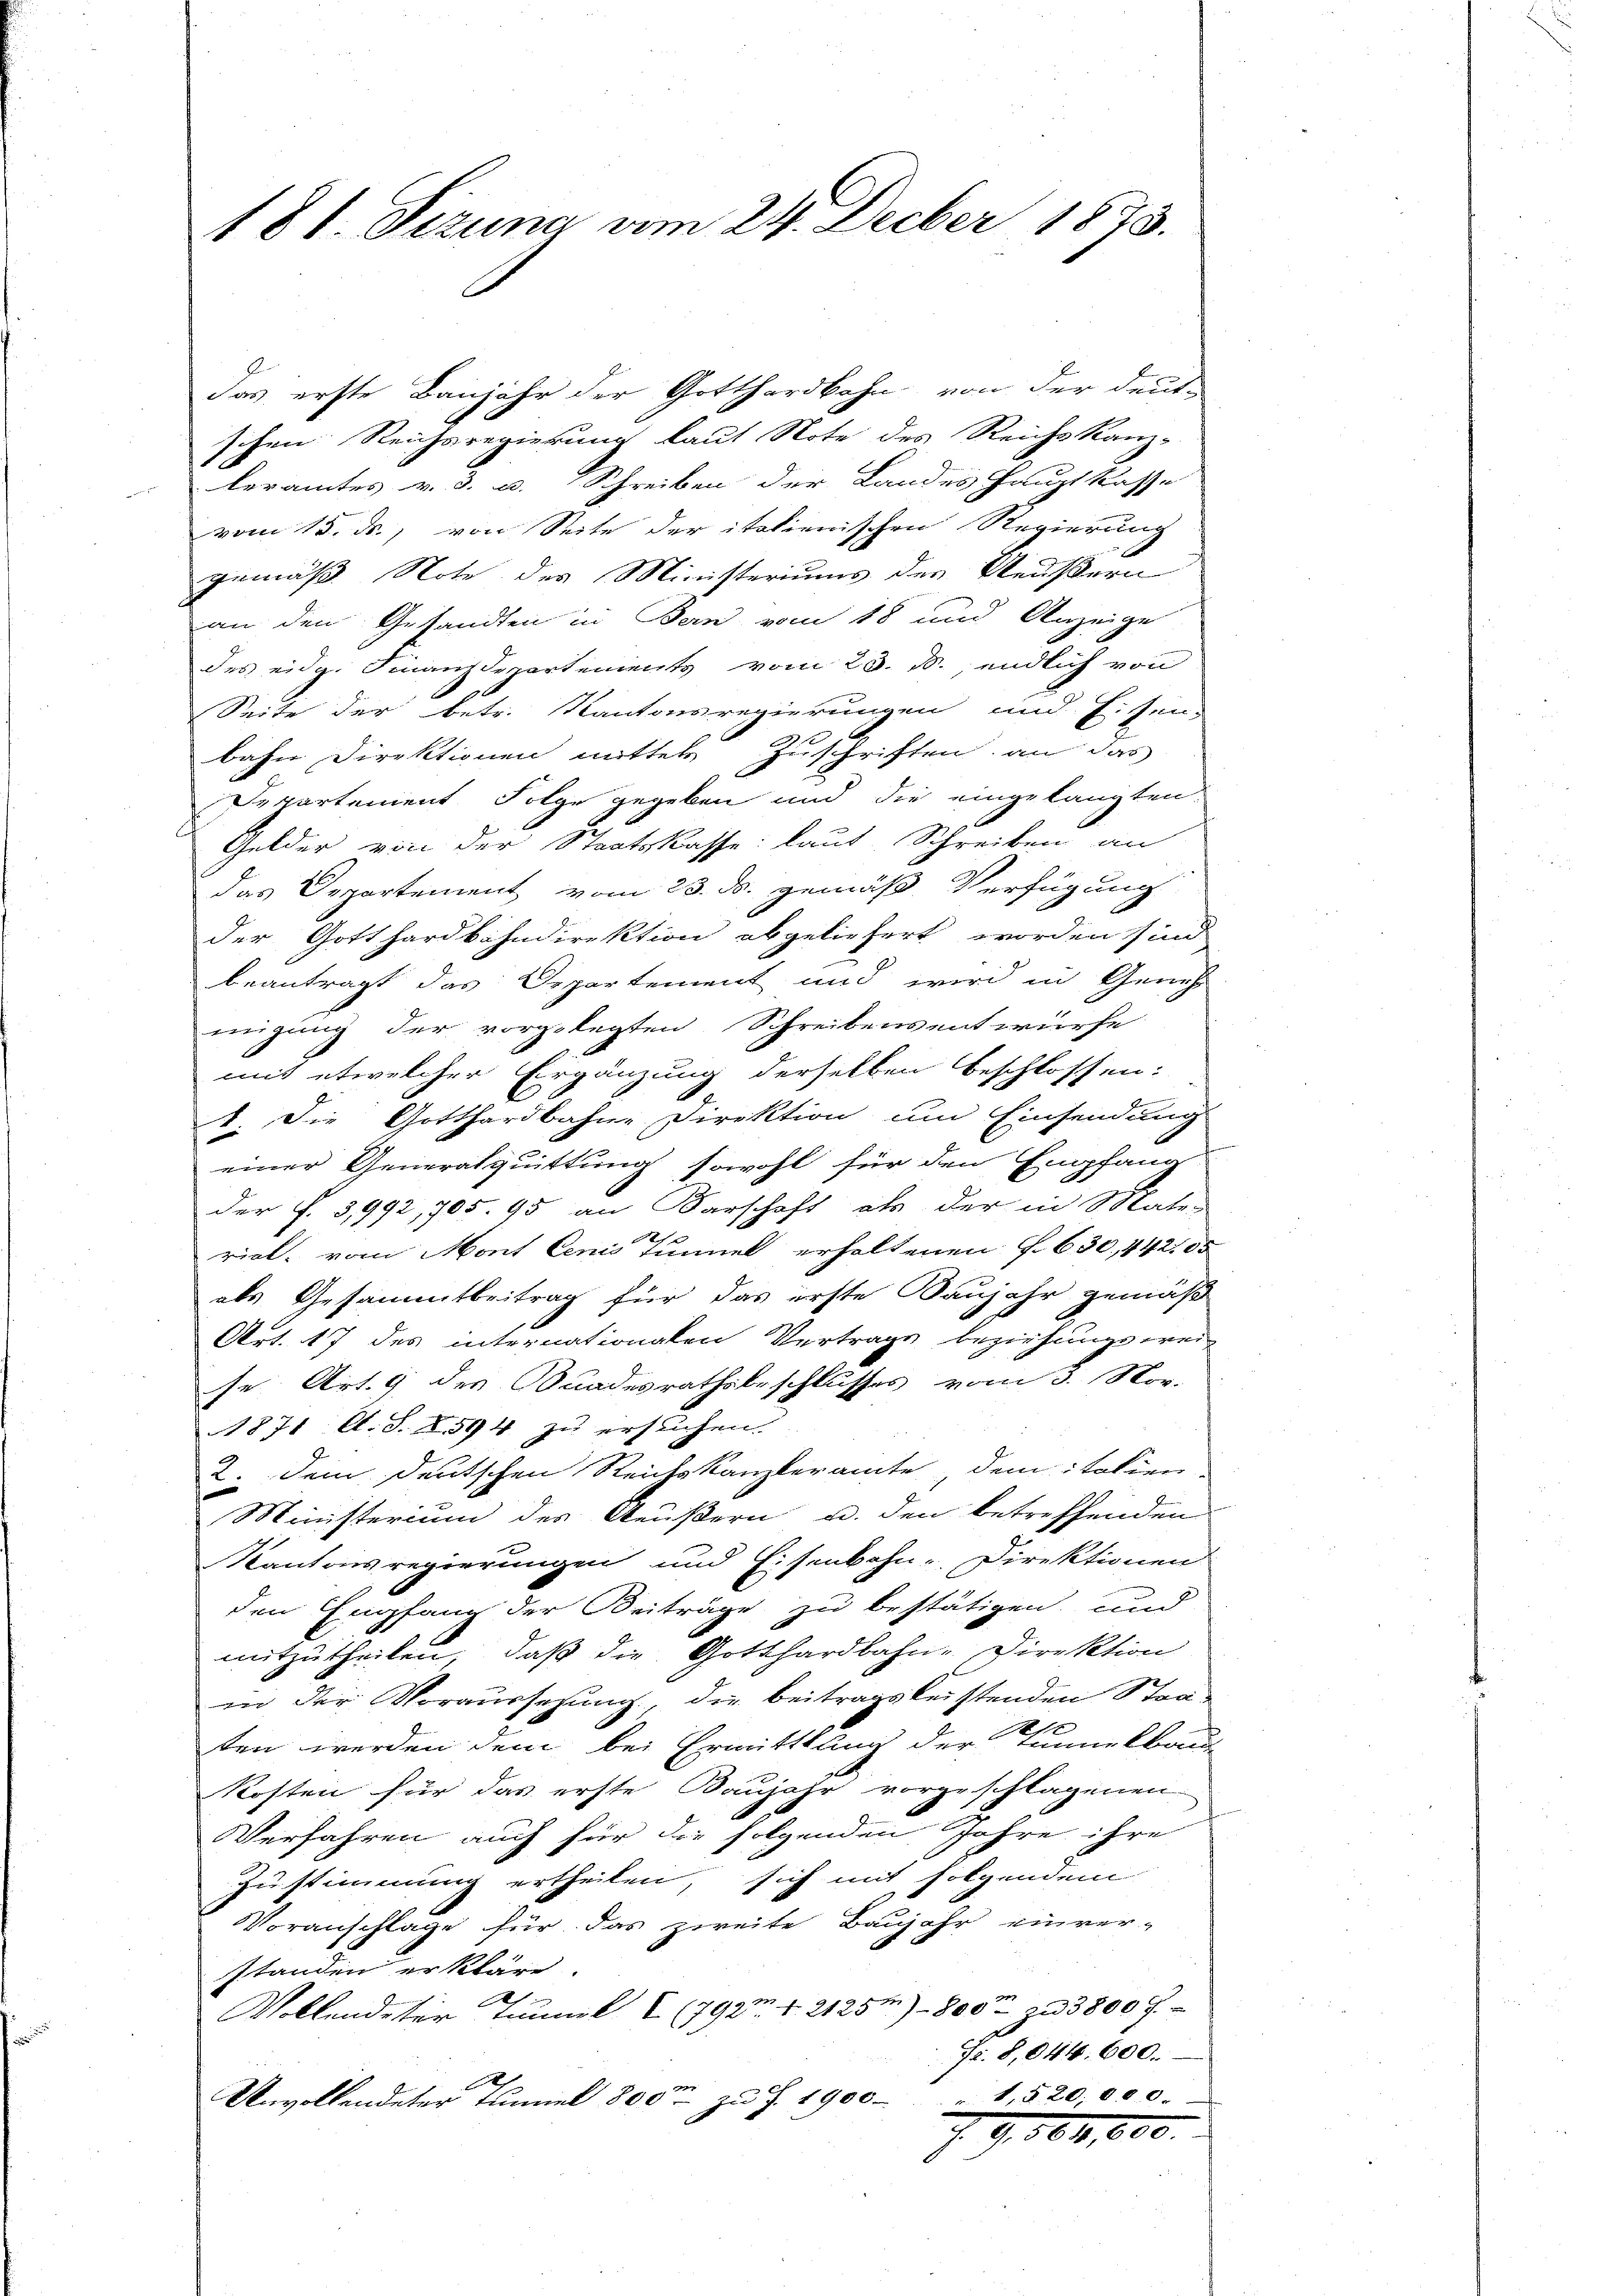
181. Tizuna vom 24. Decber 1873.

das erste Banjahr der Gotthardbahn von der deut-
schen Reichsregierung laut Note des Reichs Kanz-
beramtes v. 3. u. Schreiben der Landes Hauptkasse
vom 15. ds., von Seite der italienischen Regierung
gemäß Note des Ministeriums des Aeußern
an den Gesandten in Bern vom 18 und Anzeige
des eidg. Finanzdepartements vom 23. M., endlich von
Seite der betr. Kantonsregierungen und Eisen-
bahn Direktionen mittet Zuschriften an das
Departement Folge gegeben und die eingelangten
Gelder von der Staatskasse: laut Schreiben an
das Departement vom 23. ds. gemäß Verfügung
der Gotthardbahndirektion abgeliefert worden sind
beantragt das Departement und wird in Geneh
migung der vorgelegten Schreibensentwürfe
mit etwelcher Ergänzung derselben beschlossen:
B
1. Die Gotthardbahne Direktion um Einsendung
einer Generalquittung sowohl für den Empfand-
der f. 3,992,705. 95 an Karschaft als der in Mate-
rick, vom Mont lenis Tunnel erhaltenen §. 630, 442 00
als Gesammtbeitrag für das erste Baujahr gemäß
Art. 17 des internationalen Vertrage beziehungsweise Art. 9 des Bundesrathsbeschlusses vom 3. Nov.
1871 Al. S. 2594 zu ersuchen.
2. Dem deutschen Reichskanzleramte dem italien-
Ministerium des Aeußern u. den betreffenden
Kantonsregierungen und Eisenbahn-Direktionen
den Empfang der Beiträge zu bestätigen und
mitzutheilen, daß die Gotthardbahn-Direktion
in der Voraussetzung, die beitragsleistenden Straten werden dem bei Ermittlung der Tunnelbau-
Kosten für das erste Baujahr vorgeschlagenen
Verfahren auch für die folgenden Jahre ihre
Zustimmung ertheilen, sich mit folgendem
Voranschlage für das zweite Baujahr einver-
standen erkläre.
Vollendeter Tunnel I (792m 1. 2125)- 800 zu 3800 f.
Fr. 8,044. 600.
1
Unvollendeter tunnel 800 zŭ Z. 1900 " 1520,000.
J. G., 564,800.

.